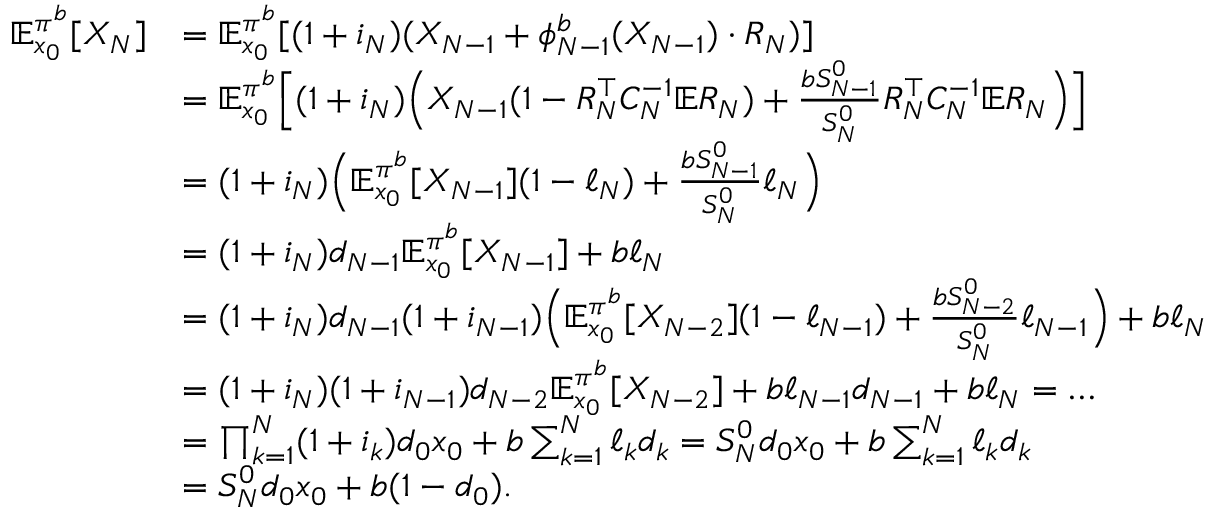
\begin{array} { r l } { \mathbb { E } _ { x _ { 0 } } ^ { \pi ^ { b } } [ X _ { N } ] } & { = \mathbb { E } _ { x _ { 0 } } ^ { \pi ^ { b } } [ ( 1 + i _ { N } ) ( X _ { N - 1 } + \phi _ { N - 1 } ^ { b } ( X _ { N - 1 } ) \cdot R _ { N } ) ] } \\ & { = \mathbb { E } _ { x _ { 0 } } ^ { \pi ^ { b } } \Big [ ( 1 + i _ { N } ) \Big ( X _ { N - 1 } ( 1 - R _ { N } ^ { \top } C _ { N } ^ { - 1 } \mathbb { E } R _ { N } ) + \frac { b S _ { N - 1 } ^ { 0 } } { S _ { N } ^ { 0 } } R _ { N } ^ { \top } C _ { N } ^ { - 1 } \mathbb { E } R _ { N } \Big ) \Big ] } \\ & { = ( 1 + i _ { N } ) \Big ( \mathbb { E } _ { x _ { 0 } } ^ { \pi ^ { b } } [ X _ { N - 1 } ] ( 1 - \ell _ { N } ) + \frac { b S _ { N - 1 } ^ { 0 } } { S _ { N } ^ { 0 } } \ell _ { N } \Big ) } \\ & { = ( 1 + i _ { N } ) d _ { N - 1 } \mathbb { E } _ { x _ { 0 } } ^ { \pi ^ { b } } [ X _ { N - 1 } ] + b \ell _ { N } } \\ & { = ( 1 + i _ { N } ) d _ { N - 1 } ( 1 + i _ { N - 1 } ) \Big ( \mathbb { E } _ { x _ { 0 } } ^ { \pi ^ { b } } [ X _ { N - 2 } ] ( 1 - \ell _ { N - 1 } ) + \frac { b S _ { N - 2 } ^ { 0 } } { S _ { N } ^ { 0 } } \ell _ { N - 1 } \Big ) + b \ell _ { N } } \\ & { = ( 1 + i _ { N } ) ( 1 + i _ { N - 1 } ) d _ { N - 2 } \mathbb { E } _ { x _ { 0 } } ^ { \pi ^ { b } } [ X _ { N - 2 } ] + b \ell _ { N - 1 } d _ { N - 1 } + b \ell _ { N } = \ldots } \\ & { = \prod _ { k = 1 } ^ { N } ( 1 + i _ { k } ) d _ { 0 } x _ { 0 } + b \sum _ { k = 1 } ^ { N } \ell _ { k } d _ { k } = S _ { N } ^ { 0 } d _ { 0 } x _ { 0 } + b \sum _ { k = 1 } ^ { N } \ell _ { k } d _ { k } } \\ & { = S _ { N } ^ { 0 } d _ { 0 } x _ { 0 } + b ( 1 - d _ { 0 } ) . } \end{array}